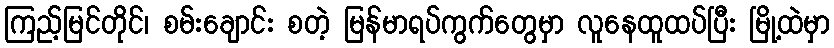
ကြည့်မြင်တိုင်၊ စမ်းချောင်း စတဲ့ မြန်မာရပ်ကွက်တွေမှာ လူနေထူထပ်ပြီး မြို့ထဲမှာ